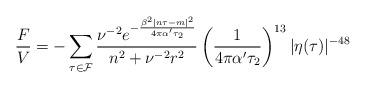
LaTeX: \begin{align*}\frac{F}{V}=-\sum_{\tau\in{\cal F}}\frac{ \nu^{-2} e^{-\frac{\beta^2|n\tau-m|^2}{4\pi\alpha'\tau_2}} } {n^2+\nu^{-2}r^2}\left(\frac{1}{4\pi\alpha'\tau_2}\right)^{13}\vert\eta(\tau)\vert^{-48}\end{align*}